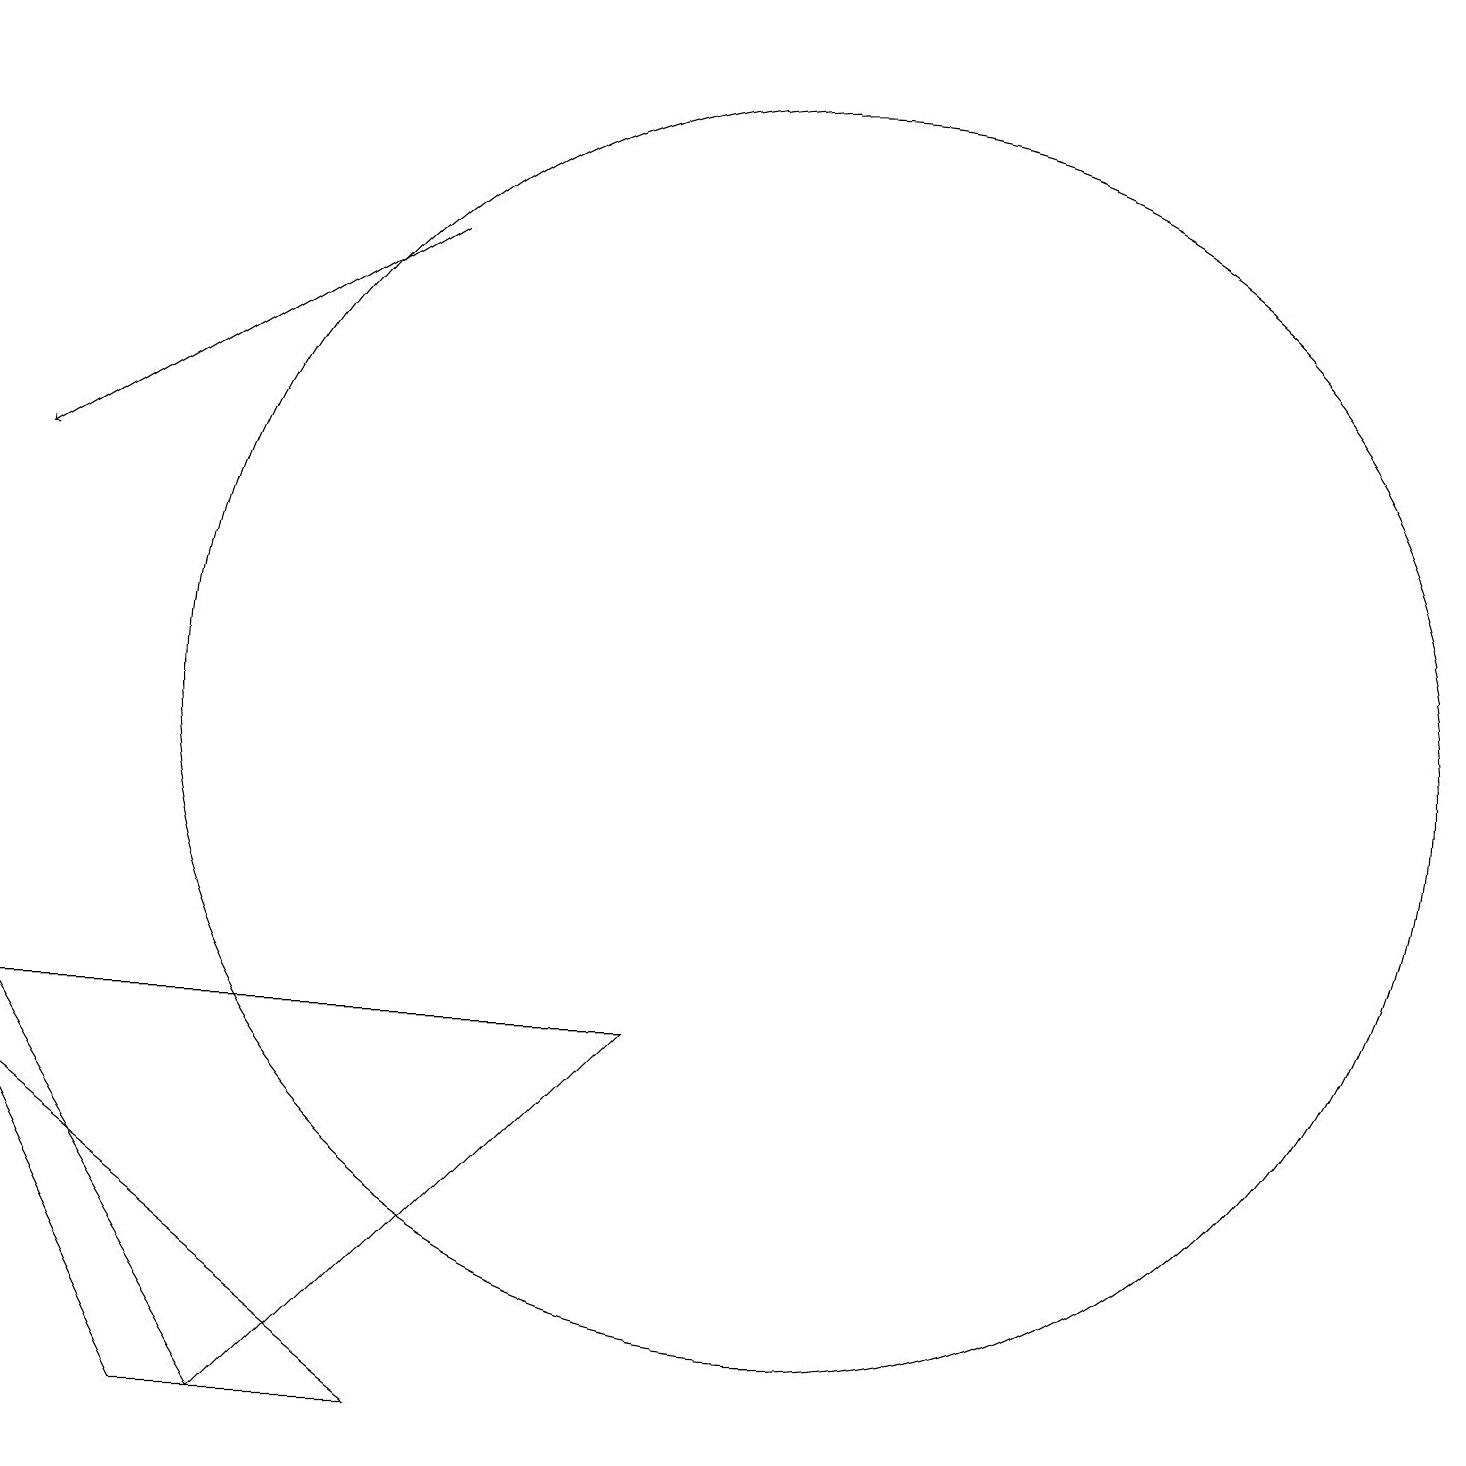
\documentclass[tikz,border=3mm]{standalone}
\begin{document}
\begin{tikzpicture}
\draw[->] (5,16) -- (0,13);
\draw (0,6) -- (8,6) -- (3,1) -- cycle;
\draw (10,10) circle (8);
\draw (5,1) -- (2,1) -- (0,5) -- cycle;
\draw[->] (1,19) -- (1,19);
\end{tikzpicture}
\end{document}